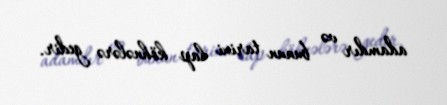
adamdır və bunun tarixi lap köhnələrə gedir.